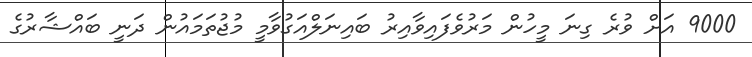
9000 އަށް ވުރެ ގިނަ މީހުން މަރުވެފައިވާއިރު ބައިނަލްއަގުވާމީ މުޖުތަމައުން ދަނީ ބައްޝާރުގެ